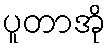
ပူတာအို